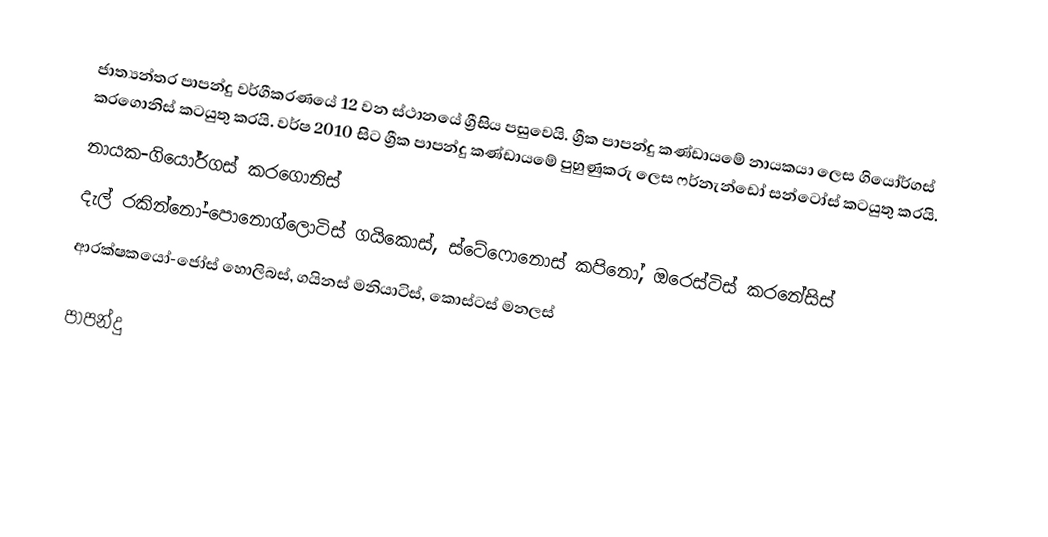
ජාත්‍යන්තර පාපන්දු වර්ගීකරණයේ 12 වන ස්ථානයේ ග්‍රීසිය පසුවෙයි. ග්‍රීක පාපන්දු කණ්ඩායමේ නායකයා ලෙස ගියෝර්ගස් කරගොනිස් කටයුතු කරයි. වර්ෂ 2010 සිට ග්‍රීක පාපන්දු කණ්ඩායමේ පුහුණුකරු ලෙස ෆර්නැන්ඩෝ සන්ටෝස් කටයුතු කරයි.
නායක-ගියෝර්ගස් කරගොනිස්
දැල් රකින්නෝ-පොනොග්ලොටිස් ගයිකොස්, ස්ටේෆොනොස් කපිනෝ, ඔරෙස්ටිස් කරනේසිස්
ආරක්ෂකයෝ-ජෝස් හොලිබස්, ගයිනස් මනියාටිස්, කොස්ටස් මනලස්

පාපන්දු